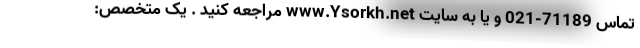
تماس 71189-021 و یا به سایت www.Ysorkh.net مراجعه کنید . یک متخصص: